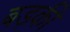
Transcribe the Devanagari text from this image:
बड़की